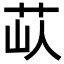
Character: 𦭗